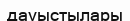
дауыстылары